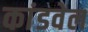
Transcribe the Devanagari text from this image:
कांडवेल